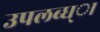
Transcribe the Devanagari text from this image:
उपलब्ध्ा